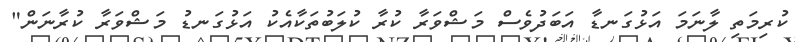
ކުރިމަތި ލާނަމަ އަޅުގަނޑާ އަބަދުވެސް މަޝްވަރާ ކުރާ ކުލަބުތަކާއެކު އަޅުގަނޑު މަޝްވަރާ ކުރާނަން"